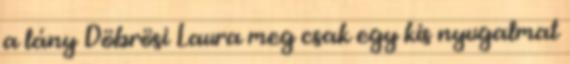
a lány Döbrösi Laura meg csak egy kis nyugalmat